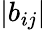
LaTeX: |b_{ij}|